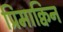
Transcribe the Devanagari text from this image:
प्रिमाक्विन